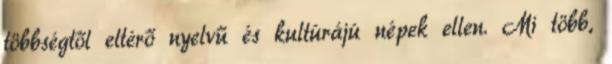
többségtől eltérő nyelvű és kultúrájú népek ellen. Mi több,